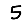
Digit: 5